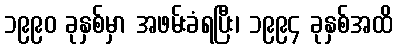
၁၉၉၀ ခုနှစ်မှာ အဖမ်းခံရပြီး၊ ၁၉၉၄ ခုနှစ်အထိ